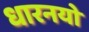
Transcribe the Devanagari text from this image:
धारनयो